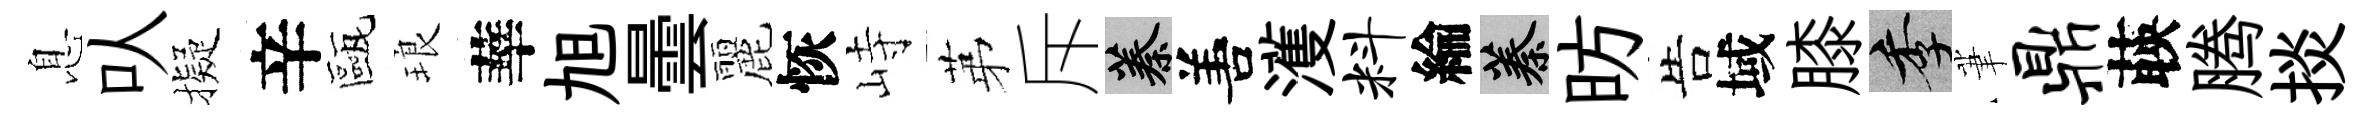
息㕥擬辛甌琅華旭曇麗恢峙苐斥蓁𠵊濩料綸蓁昉告域膝季茟鼎𦴤腾掞